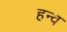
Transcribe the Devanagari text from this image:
हन्व